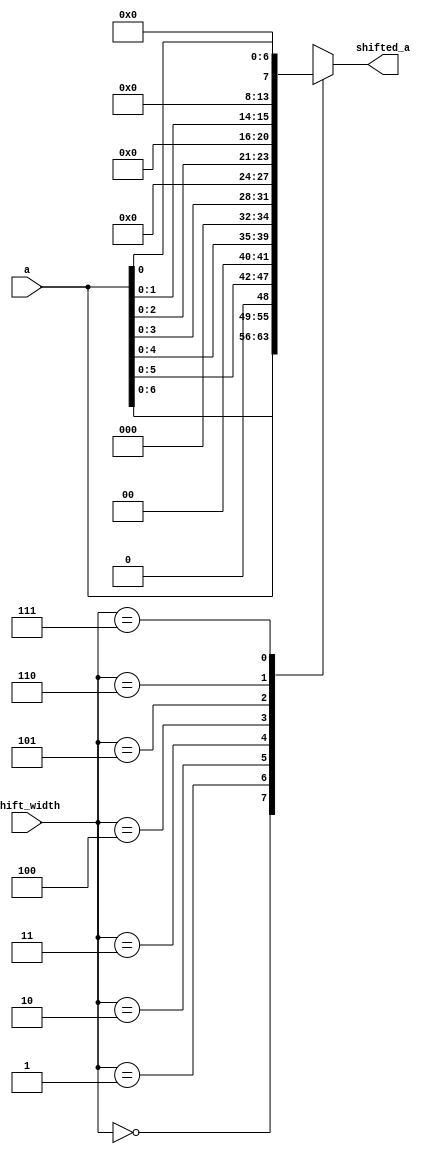
/***********************************************
Module Name:   variable_shift_mux
Feature:       Shift operation with various bit with mux selection
Coder:         Garfield
Organization:  XXXX Group, Department of Architecture
------------------------------------------------------
Input ports:   a, 8 bit, operent
               shift_width, 3 bits, shift bit nymber
Output Ports:  shifted_a, 8 bits, result as a << shift_width
------------------------------------------------------
History:
01-25-2016: First Version by Garfield
01-25-2016: First verified by variable_shift_mux_test  ISE/Modelsim
***********************************************/

module variable_shift_mux
  ( 
    input[7:0] a,
    input[2:0] shift_width,
    output reg[7:0] shifted_a
  );

//Definition for Variables in the module

//Load other module(s)
                
//Logical

always @(*)
//First element in input signal D-chain
begin
   case(shift_width)
   3'h0: 
   begin
       shifted_a <= a << 0;
   end
   
   3'h1: 
   begin
       shifted_a <= a << 1;
   end
      
   3'h2: 
   begin
       shifted_a <= a << 2;
   end
      
   3'h3: 
   begin
       shifted_a <= a << 3;
   end
      
   3'h4: 
   begin
       shifted_a <= a << 4;
   end
      
   3'h5: 
   begin
       shifted_a <= a << 5;
   end
      
   3'h6: 
   begin
       shifted_a <= a << 6;
   end
      
   3'h7: 
   begin
       shifted_a <= a << 7;
   end
   endcase
end
endmodule